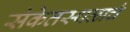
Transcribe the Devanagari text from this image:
संकेतस्थळाचं